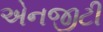
એનજીટી